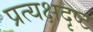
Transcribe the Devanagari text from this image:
प्रत्यक्षदृष्ट